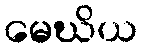
မေဃိယ